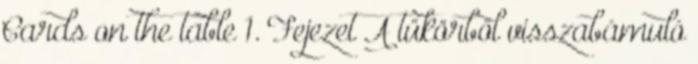
Cards on the table 1. Fejezet A tükörből visszabámuló